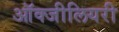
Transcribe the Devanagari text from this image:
ऑक्जीलियरी